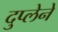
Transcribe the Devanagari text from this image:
दुप्लेने